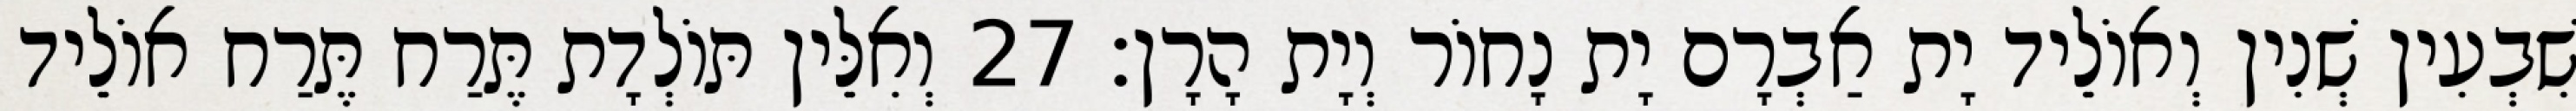
שִׁבְעִין שְׁנִין וְאוֹלֵיד יָת אַבְרָם יָת נָחוֹר וְיָת הָרָן׃ 27 וְאִלֵּין תּוֹלְדָת תֶּרַח תֶּרַח אוֹלֵיד